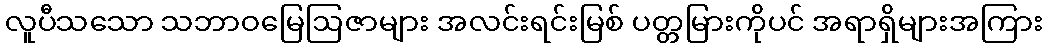
လူပီသသော သဘာဝမြေဩဇာများ အလင်းရင်းမြစ် ပတ္တမြားကိုပင် အရာရှိများအကြား